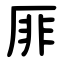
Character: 厞